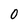
Character: O